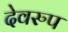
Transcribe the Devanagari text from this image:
देवरुप